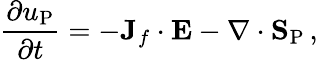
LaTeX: \frac{\partial u_{\mathrm{P}}}{\partial t}=-{\mathbf J}_{f}\cdot{\mathbf E}-\nabla\cdot{\mathbf S}_{\mathrm{P}}\, ,